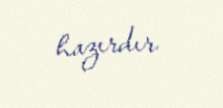
hazırdır.